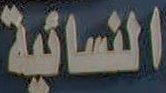
النسائية